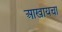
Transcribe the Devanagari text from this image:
आखायचा